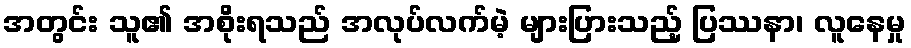
အတွင်း သူ၏ အစိုးရသည် အလုပ်လက်မဲ့ များပြားသည့် ပြဿနာ၊ လူနေမှု